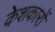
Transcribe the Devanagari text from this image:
केशकारों